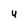
Character: U